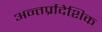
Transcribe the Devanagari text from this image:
अन्तर्प्रादेशिक